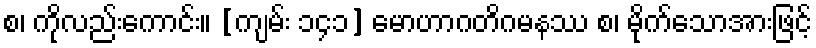
စ၊ ကိုလည်းကောင်း။ [ကျမ်း ၁၄၁] မောဟာဂတိဂမနဿ စ၊ မိုက်သောအားဖြင့်